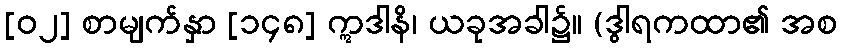
[၀၂] စာမျက်နှာ [၁၄၈] ဣဒါနိ၊ ယခုအခါ၌။ (ဒွါရကထာ၏ အစ